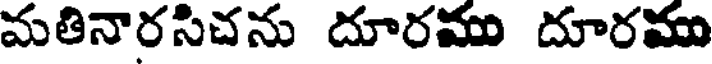
మతినారసిచను దూరము దూరము